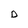
Character: D